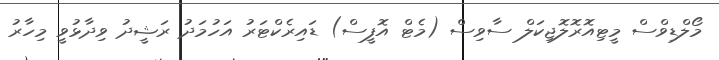
މޯލްޑިވްސް މީޓިއޮރޮލޮޖިކަލް ސާވިސް (މެޓް އޮފީސް) ޑައިރެކްޓަރު އަހުމަދު ރަޝީދު ވިދާޅުވީ މިހާރު